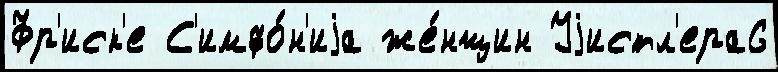
Фр'иск'е С'имфо́н'иjа же́нщин Уjистл'ера6